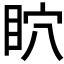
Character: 𥄴